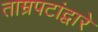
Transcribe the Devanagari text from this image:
ताम्रपटांद्वारे